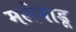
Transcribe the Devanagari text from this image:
मलेनाडू